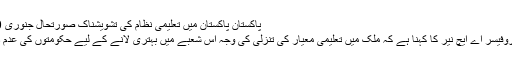
پاکستان پاکستان میں تعلیمی نظام کی تشویشناک صورتحال جنوری 30, 2013
ماہر تعلیم پروفیسر اے ایچ نیر کا کہنا ہے کہ ملک میں تعلیمی معیار کی تنزلی کی وجہ اس شعبے میں بہتری لانے کے لیے حکومتوں کی عدم دلچسپی ہے۔